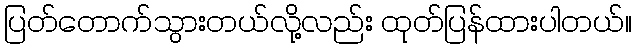
ပြတ်တောက်သွားတယ်လို့လည်း ထုတ်ပြန်ထားပါတယ်။